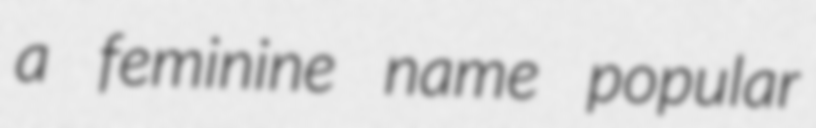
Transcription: a feminine name popular